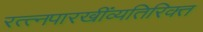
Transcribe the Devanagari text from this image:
रत्त्‍नपारखींव्यतिरिक्त